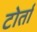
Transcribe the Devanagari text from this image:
टोर्ता